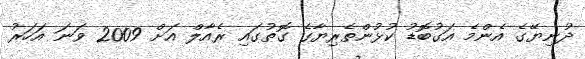
ދުނިޔޭގެ އެންމެ އަގުބޮޑު ކުޅުންތެރިޔާގެ ގޮތުގައި ރެއާލް އަށް 2009 ވަނަ އަހަރު